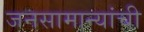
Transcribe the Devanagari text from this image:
जनसामान्यांची